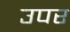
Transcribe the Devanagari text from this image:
उपर